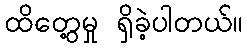
ထိတွေ့မှု ရှိခဲ့ပါတယ်။